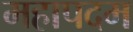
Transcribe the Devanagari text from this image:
महापदम